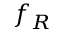
f _ { R }